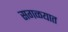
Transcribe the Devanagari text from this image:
सगळयात